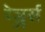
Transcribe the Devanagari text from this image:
रेञ्जर्स